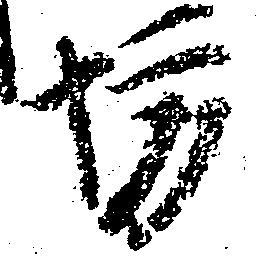
坊